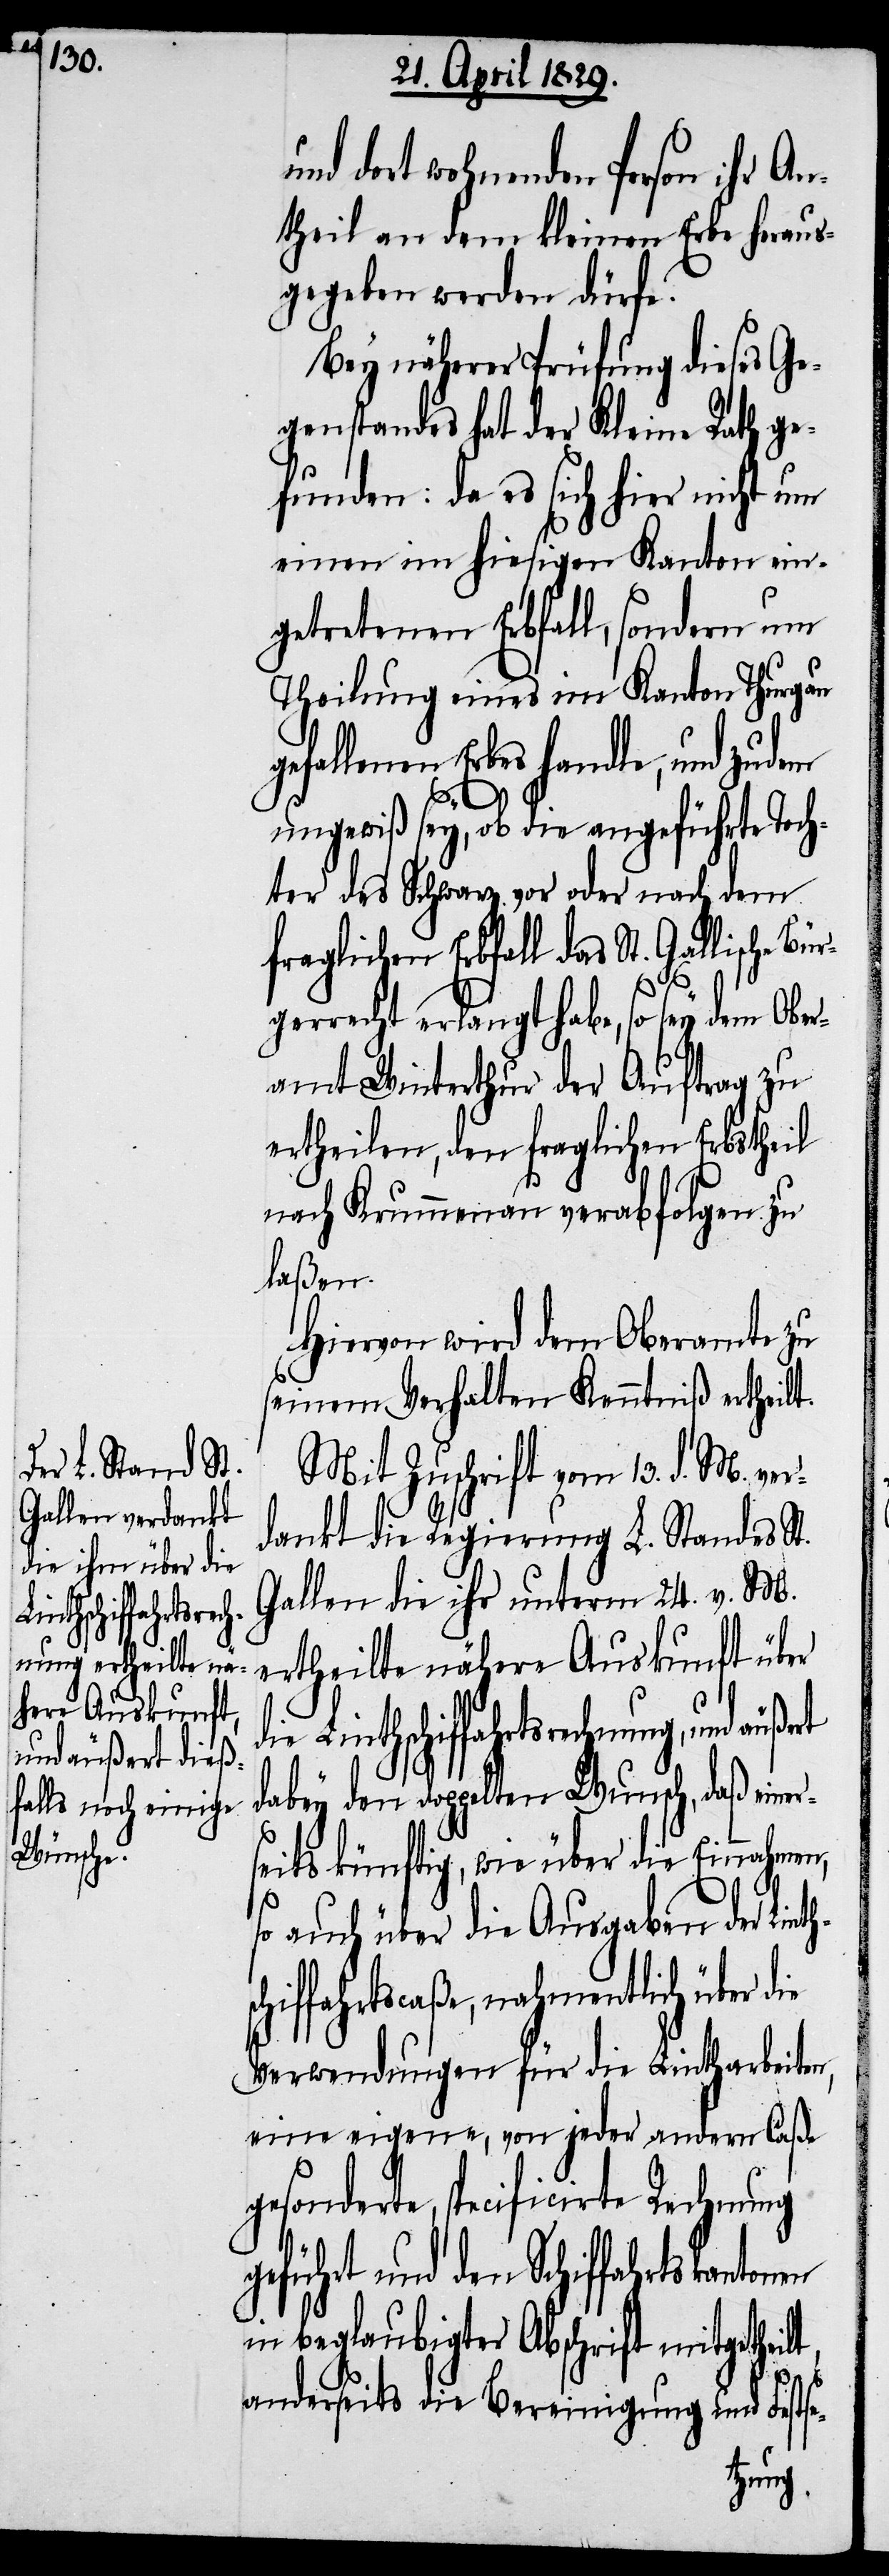
und dort wohnenden Person ihr
theil an dem kleinen Erbe heraus¬
gegeben werden dürfe.
Bey näherer Prüfung dieses Ge¬
genstandes hat der Kleine Rath ge¬
funden: da es sich hier nicht um
einen im hiesigen Kanton ein¬
getretenen Erbfall, sondern um
Theilung eines im Kanton Thurgau
fallenen Erbes handle, und zud¬
tonen
ungewiß sey, ob die angeführte Toch¬
ter des Schwarz vor oder nach dem
fraglichen Erbfall das St. Gallische Bü¬
rgerrecht erlangt habe, so sey dem Obe¬
ramt Winterthur der Auftrag zu
ertheilen, den fraglichen Erbstheil
nach Krummenau verabfolgen zu
laßen.
Hiervon wird dem Oberamte zu
seinem Verhalten Kenntniß ertheilt.
Mit Zuschrift vom 13. d. M. ver¬
dankt die Regierung L. Standes St.
Gallen die ihre unterm 24. v. M.
ertheilte nähere Auskunft über
die Linthschiffahrtsrechnung, und äußert
dabey den doppelten Wunsch, daß eine¬
seits künftig, wie über die Einnahmen,
lt,
so auch über die Ausgaben der Linth¬
hiffahrtscaße, nahmentlich über die
Verwendung für die Lintharbeiten,
eine eigene, von jeder andern Caße
gesonderte, specificirte Rechnung
führt und den Schiffahrtskan¬
in beglaubigter Abschrift mitgethei¬
anderseits die Bereinigung und Festse-